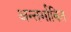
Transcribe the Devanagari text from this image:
अन्तर्भावित